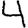
Digit: 4